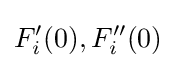
F_{i}'(0),F_{i}''(0)